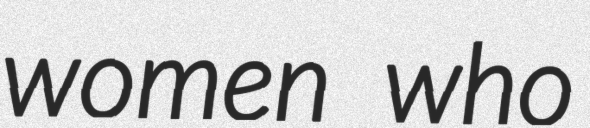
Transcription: women who